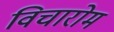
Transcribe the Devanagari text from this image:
विचारोम